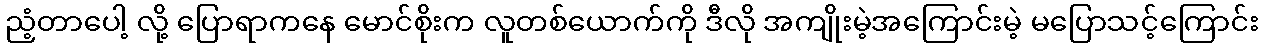
ညံ့တာပေါ့ လို့ ပြောရာကနေ မောင်စိုးက လူတစ်ယောက်ကို ဒီလို အကျိုးမဲ့အကြောင်းမဲ့ မပြောသင့်ကြောင်း